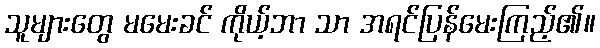
သူများတွေ မမေးခင် ကိုယ့်ဘာ သာ အရင်ပြန်မေးကြည့်၏။